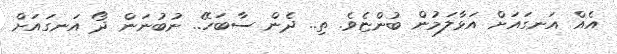
އެއް އަނގައަށް އަޅާލަމުން ބުންޏެވެ. ތި.. ދެން ސާބަހޭ.. ނުބުނަން ދޯ އަނގައަށް